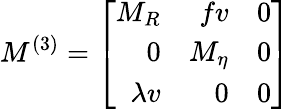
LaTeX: M^{(3)}=\left[\begin{array}{rrr}{{M_{R}}}&{{fv}}&{{0}}\\ {{0}}&{{M_{\eta}}}&{{0}}\\ {{\lambda v}}&{{0}}&{{0}}\end{array}\right]